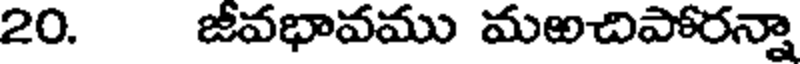
20. జీవభావము మఱచిపోరన్నా